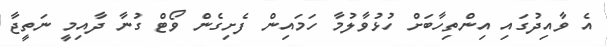
އެ ވާއިދުގައި އިންތިހާބަށް ހުޅުވާލުމާ ހަމައިން ފެށިގެން ވޯޓް ގުނާ ދާއިމީ ނަތީޖާ